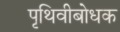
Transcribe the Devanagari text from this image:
पृथिवीबोधक